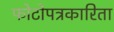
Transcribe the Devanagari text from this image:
फोटोपत्रकारिता